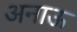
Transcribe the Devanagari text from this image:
अनाऊ